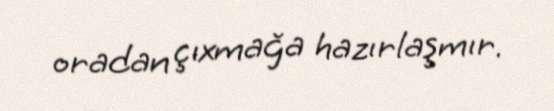
oradan çıxmağa hazırlaşmır.